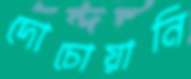
দোচোয়ানি